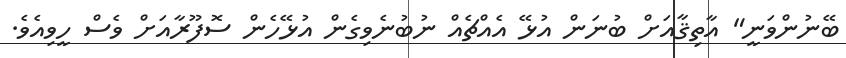
ބޭނުންވަނީ" އާތިޤާއަށް ބުނަން އުޅޭ އެއްޗެއް ނުބުނެވިގެން އުޅޭހެން ސޮފޫރާއަށް ވެސް ހީވިއެވެ.